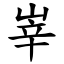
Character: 峷